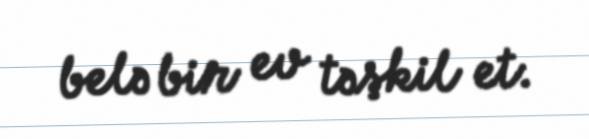
belə bir ev təşkil et.